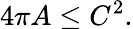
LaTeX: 4\pi A\leq C^{2}.